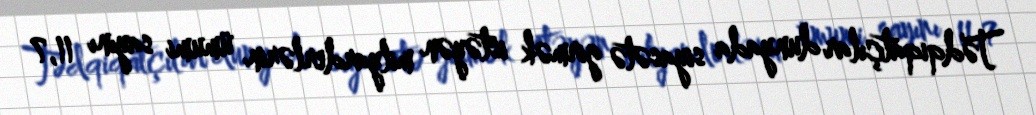
Tədqiqatçılar dunyada siyasətə girmək istəyən milyarderlərin ümumi sayını 11,7